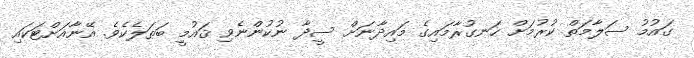
ގައުމު ސަލާމަތް ކުރުމަށް ހަނގުރާމައިގެ މައިދާނަށް ސީދާ ނުކުންނެވި ޤައުމީ ބަޠަލެކެވެ. އޭނާއަށްޓަކައި